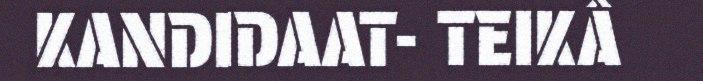
KANDIDAAT- TEIKÂ